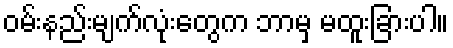
ဝမ်းနည်းမျက်လုံးတွေက ဘာမှ မထူးခြားပါ။